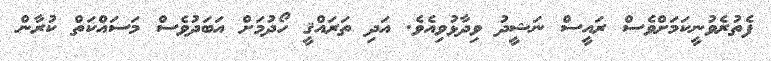
ފެތުރެވުނީކަމަށްވެސް ރައީސް ނަޝީދު ވިދާޅުވިއެވެ. އަދި ތަރައްޤީ ހޯދުމަށް އަބަދުވެސް މަސައްކަތް ކުރާން